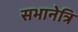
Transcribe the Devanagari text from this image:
सभानेत्रि